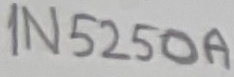
Text: 1N5250A